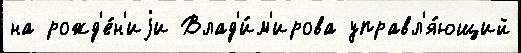
на рожд'е́н'иjи Влад'и́м'ирова управл'я́ющий